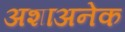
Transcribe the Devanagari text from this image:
अशाअनेक